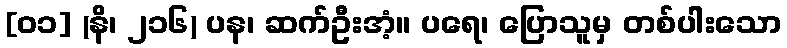
[၀၁] (နိ၊ ၂၁၆) ပန၊ ဆက်ဦးအံ့။ ပရေ၊ ပြောသူမှ တစ်ပါးသော